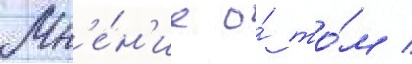
Мн'е́н'ие о́ то́м /